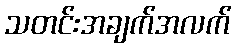
သတင်းအချက်အလက်